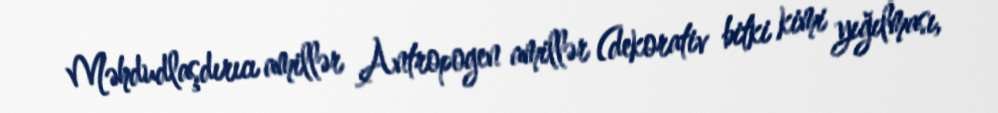
Məhdudlaşdırıcı amillər Antropogen amillər (dekorativ bitki kimi yığılması,